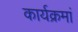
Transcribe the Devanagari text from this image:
कार्यक्रमां